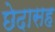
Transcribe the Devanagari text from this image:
छेदासह